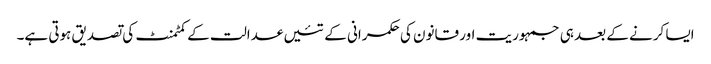
ایسا کرنے کے بعد ہی جمہوریت اور قانون کی حکمرانی کے تئیں عدالت کے کمٹمنٹ کی تصدیق ہوتی ہے۔